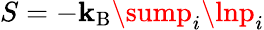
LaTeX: S=-\mathbf{k}_{\mathrm{{B}}}\sump_{i}\lnp_{i}